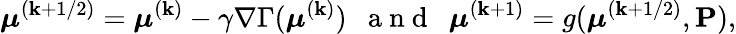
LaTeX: \boldsymbol{\mu}^{(\mathbf{k}+1/2)}=\boldsymbol{\mu}^{(\mathbf{k})}-\gamma\nabla\Gamma(\boldsymbol{\mu}^{(\mathbf{k})})~~\mathrm{{~a~n~d~}}~~\boldsymbol{\mu}^{(\mathbf{k}+1)}=g(\boldsymbol{\mu}^{(\mathbf{k}+1/2)},\mathbf{{P}}),